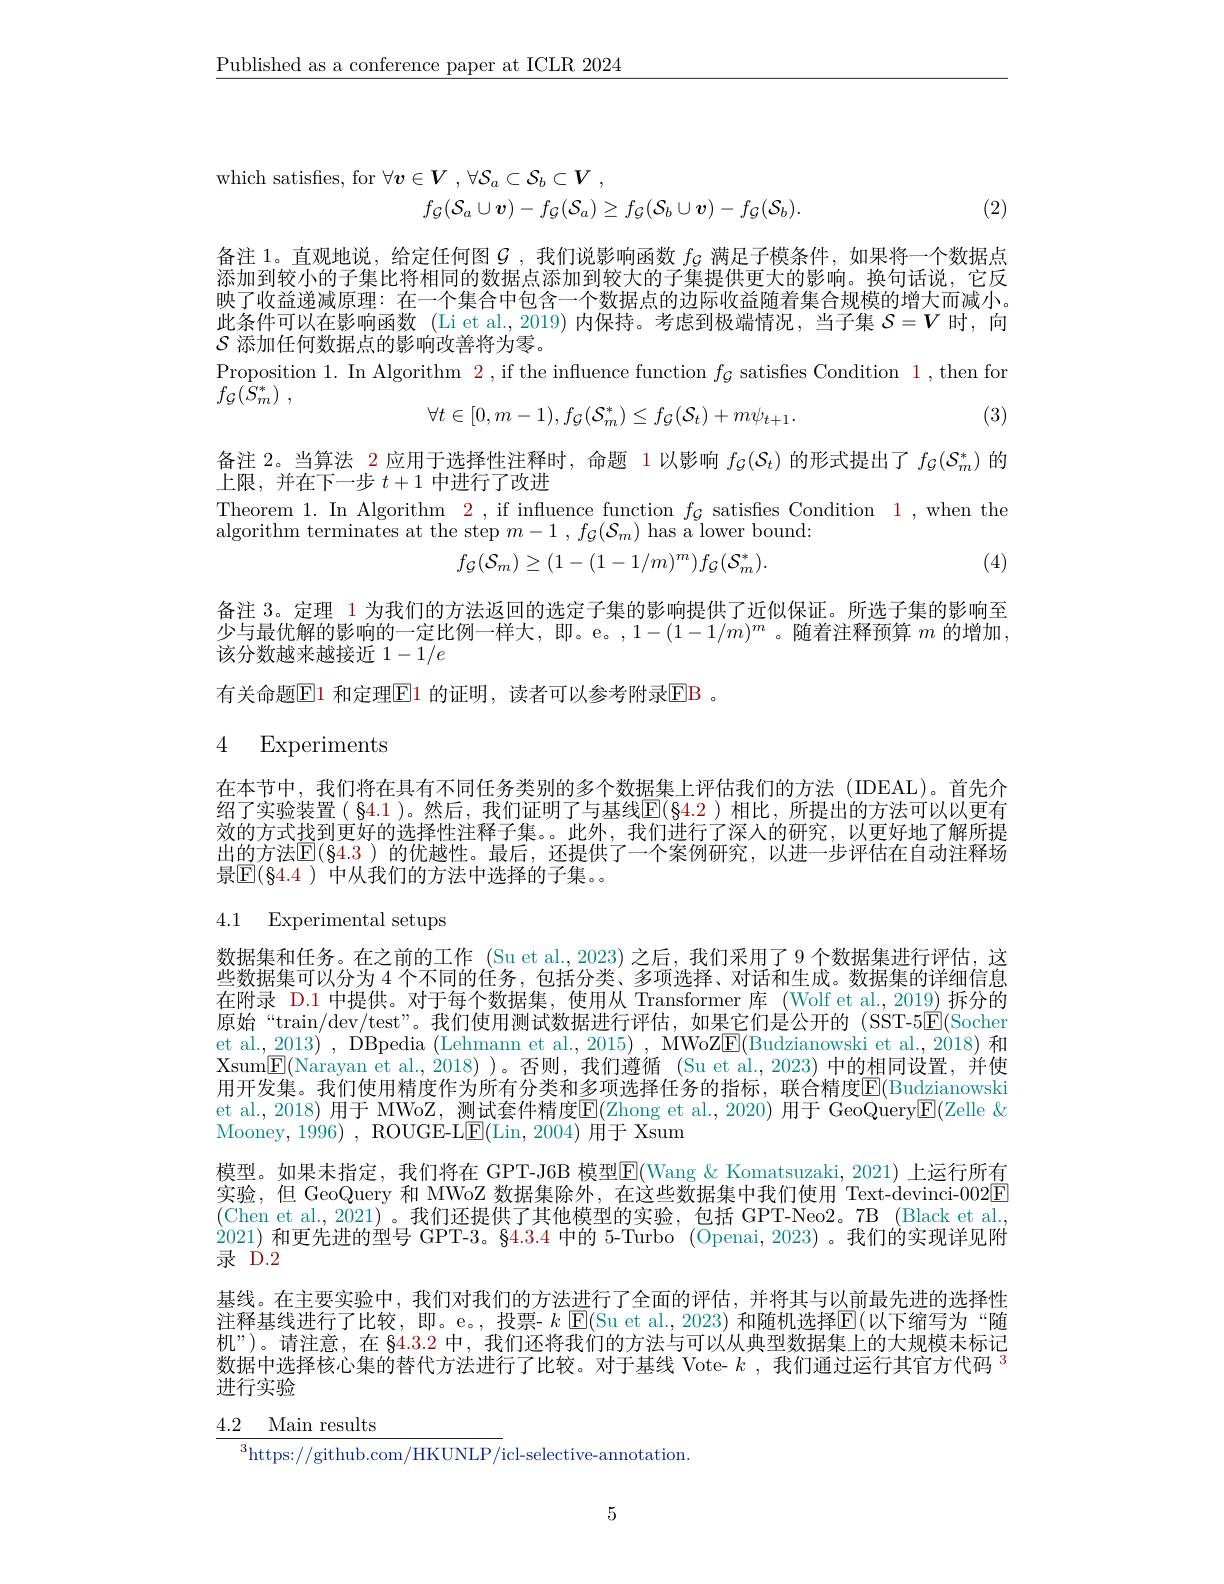
$\underline{\text{Published as a conference paper at ICLR 2024}}$
$$\begin{aligned}&v\in V\:,\:\forall\mathcal{S}_{a}\subset\mathcal{S}_{b}\subset V\:,\\&f_{\mathcal{G}}(\mathcal{S}_{a}\cup\boldsymbol{v})-f_{\mathcal{G}}(\mathcal{S}_{a})\geq f_{\mathcal{G}}(\mathcal{S}_{b}\cup\boldsymbol{v})-f_{\mathcal{G}}(\mathcal{S}_{b}).\end{aligned}$$
(2)

备注 1。直观地说，给定任何图$\mathcal{G}$ ,我们说影响函数$f_\mathrm{\zeta}$满足子模条件，如果将一个数据点

添加到较小的子集比将相同的数据点添加到较大的子集提供更大的影响。换句话说，它反

映了收益递减原理：在一个集合中包含一个数据点的边际收益随着集合规模的增大而减小。

此条件可以在影响函数 (Li et al., 2019) 内保持。考虑到极端情况，当子集$S=V$时，向

$\mathcal{S}$添加任何数据点的影响改善将为零。

Proposition 1. In Algorithm 2,if the influence function $f_\mathcal{G}$ satisfies Condition 1,then for

$f_{\mathcal{G} }( \bar{S} _{m}^{* })$ ,
$$\forall t\in[0,m-1),f_{\mathcal{G}}(\mathcal{S}_{m}^{*})\leq f_{\mathcal{G}}(\mathcal{S}_{t})+m\psi_{t+1}.$$
(3)

备注 2。当算法 2 应用于选择性注释时，命题 1 以影响$f_\mathcal{G}(\mathcal{S}_t)$的形式提出了$f_\mathcal{G}(\mathcal{S}_m^*)$的

上限，并在下一步$t+1$中进行了改进

Theorem 1. In Algorithm 2, if influence function $f_{\mathcal{G}}$ satisfes Condition 1,when the

algorithm terminates at the step $m- 1$ , $f_{\mathcal{G} }( \mathcal{S} _{m})$ has a lower bound:
$$f_{\mathcal{G}}(\mathcal{S}_{m})\geq(1-(1-1/m)^{m})f_{\mathcal{G}}(\mathcal{S}_{m}^{*}).$$
(4)

备注 3。定理 1 为我们的方法返回的选定子集的影响提供了近似保证。所选子集的影响至少与最优解的影响的一定比例一样大，即。e。$,1-(1-1/m)^m$ 。随着注释预算$m$的增加， 该分数越来越接近 1-1/e
有关命题$\overline{\mathrm{E}}$1 和定理$\underline{\mathrm{E}}$1 的证明，读者可以参考附录$\underline{\mathrm{E}}$B 。

# 4 Experiments

在本节中，我们将在具有不同任务类别的多个数据集上评估我们的方法 (IDEAL)。首先介绍了实验装置( $\$4.1$ )。然后，我们证明了与基线$\mathbb{E}(\S4.2$ )相比，所提出的方法可以以更有效的方式找到更好的选择性注释子集。。此外，我们进行了深人的研究，以更好地了解所提出的方法$\overline{\mathbb{E}}(84.3)$ 的优越性。最后，还提供了一个案例研究，以进一步评估在自动注释场景$\overline{\mathbb{E}}(\S4.4)$ 中从我们的方法中选择的子集。

# 4.1 Experimental setups

数据集和任务。在之前的工作 (Su et al.,2023) 之后，我们采用了9 个数据集进行评估，这些数据集可以分为 4 个不同的住务，包括分类、多项选择、对话和生成。数据集的详细信息在附录 D.1 中提供。对于每个数据集，使用从 Transformer 库 (Wolf et al.,2019)拆分的原始“train/dev/test”。我们使用测试数据进行评估，如果它们是公开的(SST-5E(Socher et al., 2013) , DBpedia (Lehmann et al., 2015) , MWoZE(Budzianowski et al., 2018) 和Xsum$\boxed{\mathrm{F}}($Narayan et al.,2018) )。否则，我们遵循 (Su et al.,2023) 中的相同设置，并使用开发集。我们使用精度作为所有分类和多项选择任务的指标，联合精度$\overline{\mathbb{E}}($Budzianowski et al., 2018) 用于 MWoZ, 测试套件精度$\mathbb{E}(\mathbb{Z}$hong et al., 2020) 用于 GeoQuery$\boxed{\mathrm{F}}($Zelle & Mooney, 1996),ROUGE- L$\underline {{\mathrm{F} }}($Lin, 2004) 用于 Xsum
模型。如果未指定，我们将在 GPT-J6B 模型E(Wang &Komatsuzaki, 2021) 上运行所有实验，但 GeoQuery 和 MWoZ 数据集除外，在这些数据集中我们使用 Text-devinci-002E (Chen et al., 2021)。我们还提供了其他模型的实验，包括 GPT-Neo2。7B (Black et al. 2021) 和 更 先 进 的 型 号 GPT- 3。§ 4. 3. 4 中 的 5- Turbo ( Openai, 2023) 。我 们 的 实 现 详 见 附 2021) 和 更 先 进 的 型 号 GPT- 3。§ 4. 3. 4 中 的 5- Turbo ( Openai, 2023) 。我 们 的 实 现 详 见 附录 D.2
基线。在主要实验中，我们对我们的方法进行了全面的评估，并将其与以前最先进的选择性注释基线进行了比较，即。e。,投票- $k$ $\operatorname{E}($Su et al., 2023) 和随机选择$\operatorname{E}($以下缩写为“随机”)。请注意，在$\$4.3.2$中，我们还将我们的方法与可以从典型数据集上的大规模未标记数据中选择核心集的替代方法进行了比较。对于基线 Vote- $k$ , $\text{ 我 们 通 过 运 行 其 官 方 代 码 }^{3}$ 进行实验

$\underline {4. 2}$ Main results

$^{3}$https://github.com/HKUNLP/icl-selective-annotation.

5